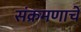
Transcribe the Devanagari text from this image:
संक्रमणाचे